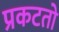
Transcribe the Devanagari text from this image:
प्रकटतो